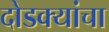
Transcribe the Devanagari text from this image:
दोडक्यांचा